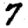
Digit: 7